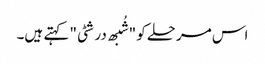
اس مرحلے کو "شُبھ درشٹی" کہتے ہیں۔